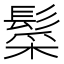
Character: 䰂